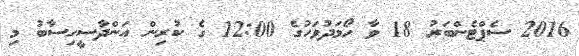
2016 ސެޕްޓެންބަރު 18 ވާ ހޯމަދުވަހުގެ 12:00 ގެ ކުރިން އަންދާސީހިސާބު މި